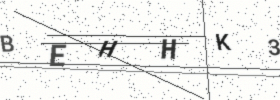
Text: BEHHK3